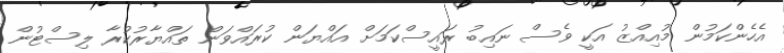
އެހެންކަމުން މުއިއްޒު އަކީ ވެސް ނައިބު ރައީސްކަމަށް އައްޔަން ކުރައްވަން ތައްޔާރުކުރާ ލިސްޓުން